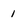
Character: 1